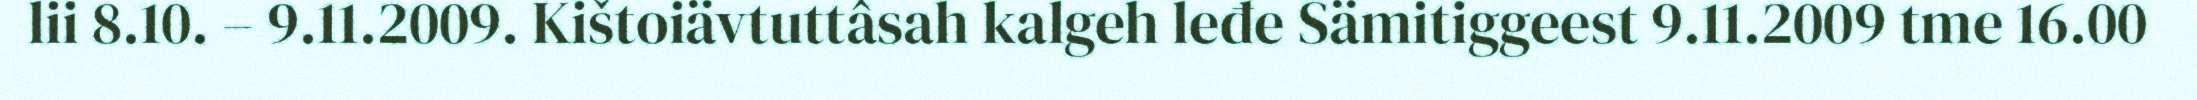
lii 8.10. – 9.11.2009. Kištoiävtuttâsah kalgeh leđe Sämitiggeest 9.11.2009 tme 16.00